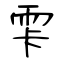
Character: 雫